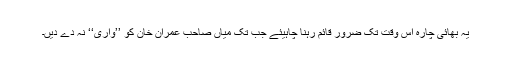
یہ بھائی چارہ اُس وقت تک ضرور قائم رہنا چاہیئے جب تک میاں صاحب عمران خان کو ’’واری‘‘ نہ دے دیں۔